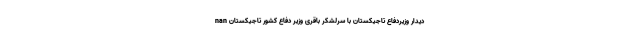
nan دیدار وزیردفاع تاجیکستان با سرلشکر باقری وزیر دفاع کشور تاجیکستان